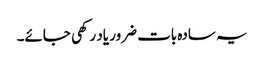
یہ سادہ بات ضرور یاد رکھی جائے۔